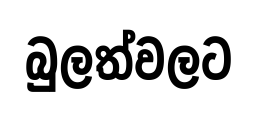
බුලත්වලට